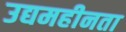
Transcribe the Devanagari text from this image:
उद्यमहीनता